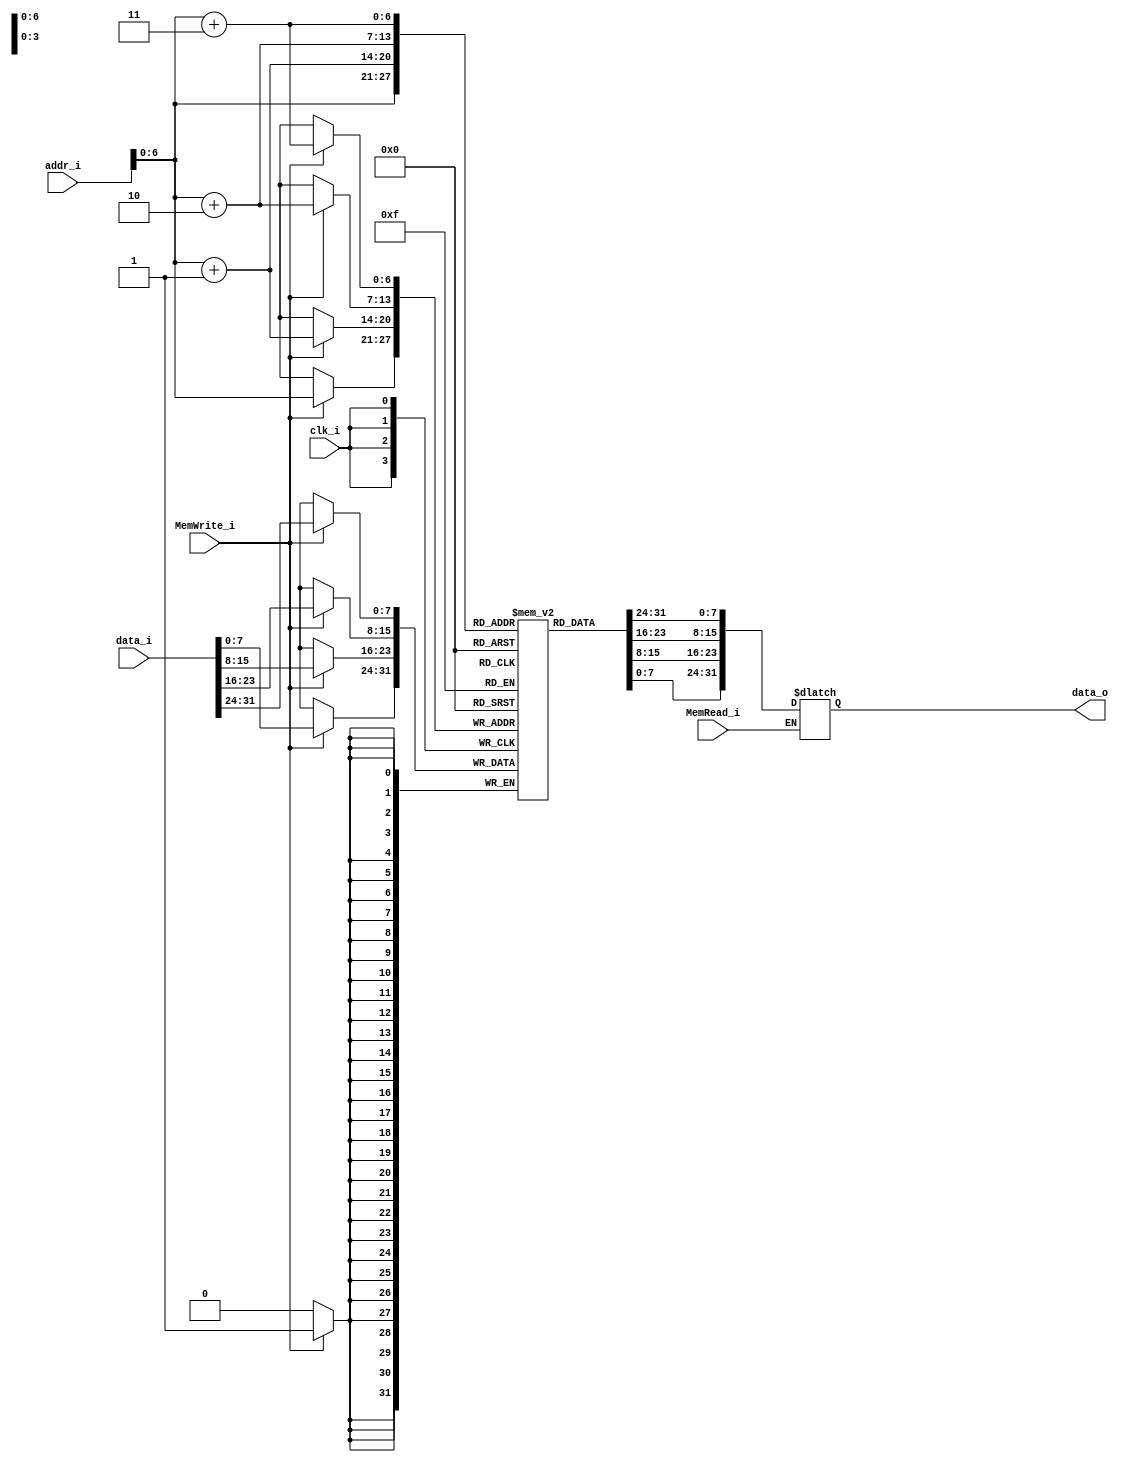
`timescale 1ns / 1ps
//Subject:     CO project 3 - Data_Memory
//--------------------------------------------------------------------------------
//Version:     1
//--------------------------------------------------------------------------------
//Writer:      0510002 K 0510009 i
//--------------------------------------------------------------------------------
//--------------------------------------------------------------------------------
//Description: 
//--------------------------------------------------------------------------------

module Data_Memory(
	clk_i,       //1 bit clk_i       (input)
	addr_i,      //32 bit addr_i     (input)
	data_i,      //32 bit data_i     (input)
	MemRead_i,   //1 bit MemRead_i   (input)
	MemWrite_i,  //1 bit MemWrite_i  (input)
	data_o       //32 bit data_o     (output)
	);

// Interface
input				clk_i;
input	[31:0]		addr_i;
input	[31:0]		data_i;
input				MemRead_i;
input				MemWrite_i;
output	[31:0] 		data_o;

// Signals
reg		[31:0]		data_o;

// Memory
reg		[7:0]		Mem 			[0:127];	// address: 0x00~0x80
integer				i;

// For Testbench to debug
wire	[31:0]		memory			[0:31];
assign  memory[0] = {Mem[3], Mem[2], Mem[1], Mem[0]};
assign  memory[1] = {Mem[7], Mem[6], Mem[5], Mem[4]};
assign  memory[2] = {Mem[11], Mem[10], Mem[9], Mem[8]};
assign  memory[3] = {Mem[15], Mem[14], Mem[13], Mem[12]};
assign  memory[4] = {Mem[19], Mem[18], Mem[17], Mem[16]};
assign  memory[5] = {Mem[23], Mem[22], Mem[21], Mem[20]};
assign  memory[6] = {Mem[27], Mem[26], Mem[25], Mem[24]};
assign  memory[7] = {Mem[31], Mem[30], Mem[29], Mem[28]};
assign  memory[8] = {Mem[35], Mem[34], Mem[33], Mem[32]};
assign  memory[9] = {Mem[39], Mem[38], Mem[37], Mem[36]};
assign  memory[10] = {Mem[43], Mem[42], Mem[41], Mem[40]};
assign  memory[11] = {Mem[47], Mem[46], Mem[45], Mem[44]};
assign  memory[12] = {Mem[51], Mem[50], Mem[49], Mem[48]};
assign  memory[13] = {Mem[55], Mem[54], Mem[53], Mem[52]};
assign  memory[14] = {Mem[59], Mem[58], Mem[57], Mem[56]};
assign  memory[15] = {Mem[63], Mem[62], Mem[61], Mem[60]};
assign  memory[16] = {Mem[67], Mem[66], Mem[65], Mem[64]};
assign  memory[17] = {Mem[71], Mem[70], Mem[69], Mem[68]};
assign  memory[18] = {Mem[75], Mem[74], Mem[73], Mem[72]};
assign  memory[19] = {Mem[79], Mem[78], Mem[77], Mem[76]};
assign  memory[20] = {Mem[83], Mem[82], Mem[81], Mem[80]};
assign  memory[21] = {Mem[87], Mem[86], Mem[85], Mem[84]};
assign  memory[22] = {Mem[91], Mem[90], Mem[89], Mem[88]};
assign  memory[23] = {Mem[95], Mem[94], Mem[93], Mem[92]};
assign  memory[24] = {Mem[99], Mem[98], Mem[97], Mem[96]};
assign  memory[25] = {Mem[103], Mem[102], Mem[101], Mem[100]};
assign  memory[26] = {Mem[107], Mem[106], Mem[105], Mem[104]};
assign  memory[27] = {Mem[111], Mem[110], Mem[109], Mem[108]};
assign  memory[28] = {Mem[115], Mem[114], Mem[113], Mem[112]};
assign  memory[29] = {Mem[119], Mem[118], Mem[117], Mem[116]};
assign  memory[30] = {Mem[123], Mem[122], Mem[121], Mem[120]};
assign  memory[31] = {Mem[127], Mem[126], Mem[125], Mem[124]};

initial begin
	for(i = 0; i < 128; i = i + 1)
		Mem[i] = 8'b0;
	Mem[0] = 8'b0100;
	Mem[4] = 8'b0101;
	Mem[8] = 8'b0110;
	Mem[12] = 8'b0111;
	Mem[16] = 8'b1000;
	Mem[20] = 8'b1001;
	Mem[24] = 8'b1010;
	Mem[28] = 8'b0010;
	Mem[32] = 8'b0001;
	Mem[36] = 8'b0011;
end 

always@(posedge clk_i) begin
    if(MemWrite_i) begin
		Mem[addr_i + 3] <= data_i[31:24];
		Mem[addr_i + 2] <= data_i[23:16];
		Mem[addr_i + 1] <= data_i[15:8];
		Mem[addr_i]   <= data_i[7:0];
	end
end

always@(addr_i or MemRead_i) begin
	if(MemRead_i)
		data_o = {Mem[addr_i + 3], Mem[addr_i + 2], Mem[addr_i + 1], Mem[addr_i]};
end

endmodule